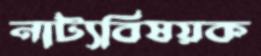
নাট্যবিষয়ক